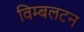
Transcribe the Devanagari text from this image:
विम्‍बलटन